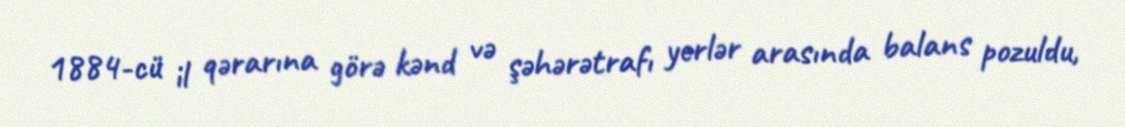
1884-cü il qərarına görə kənd və şəhərətrafı yerlər arasında balans pozuldu,